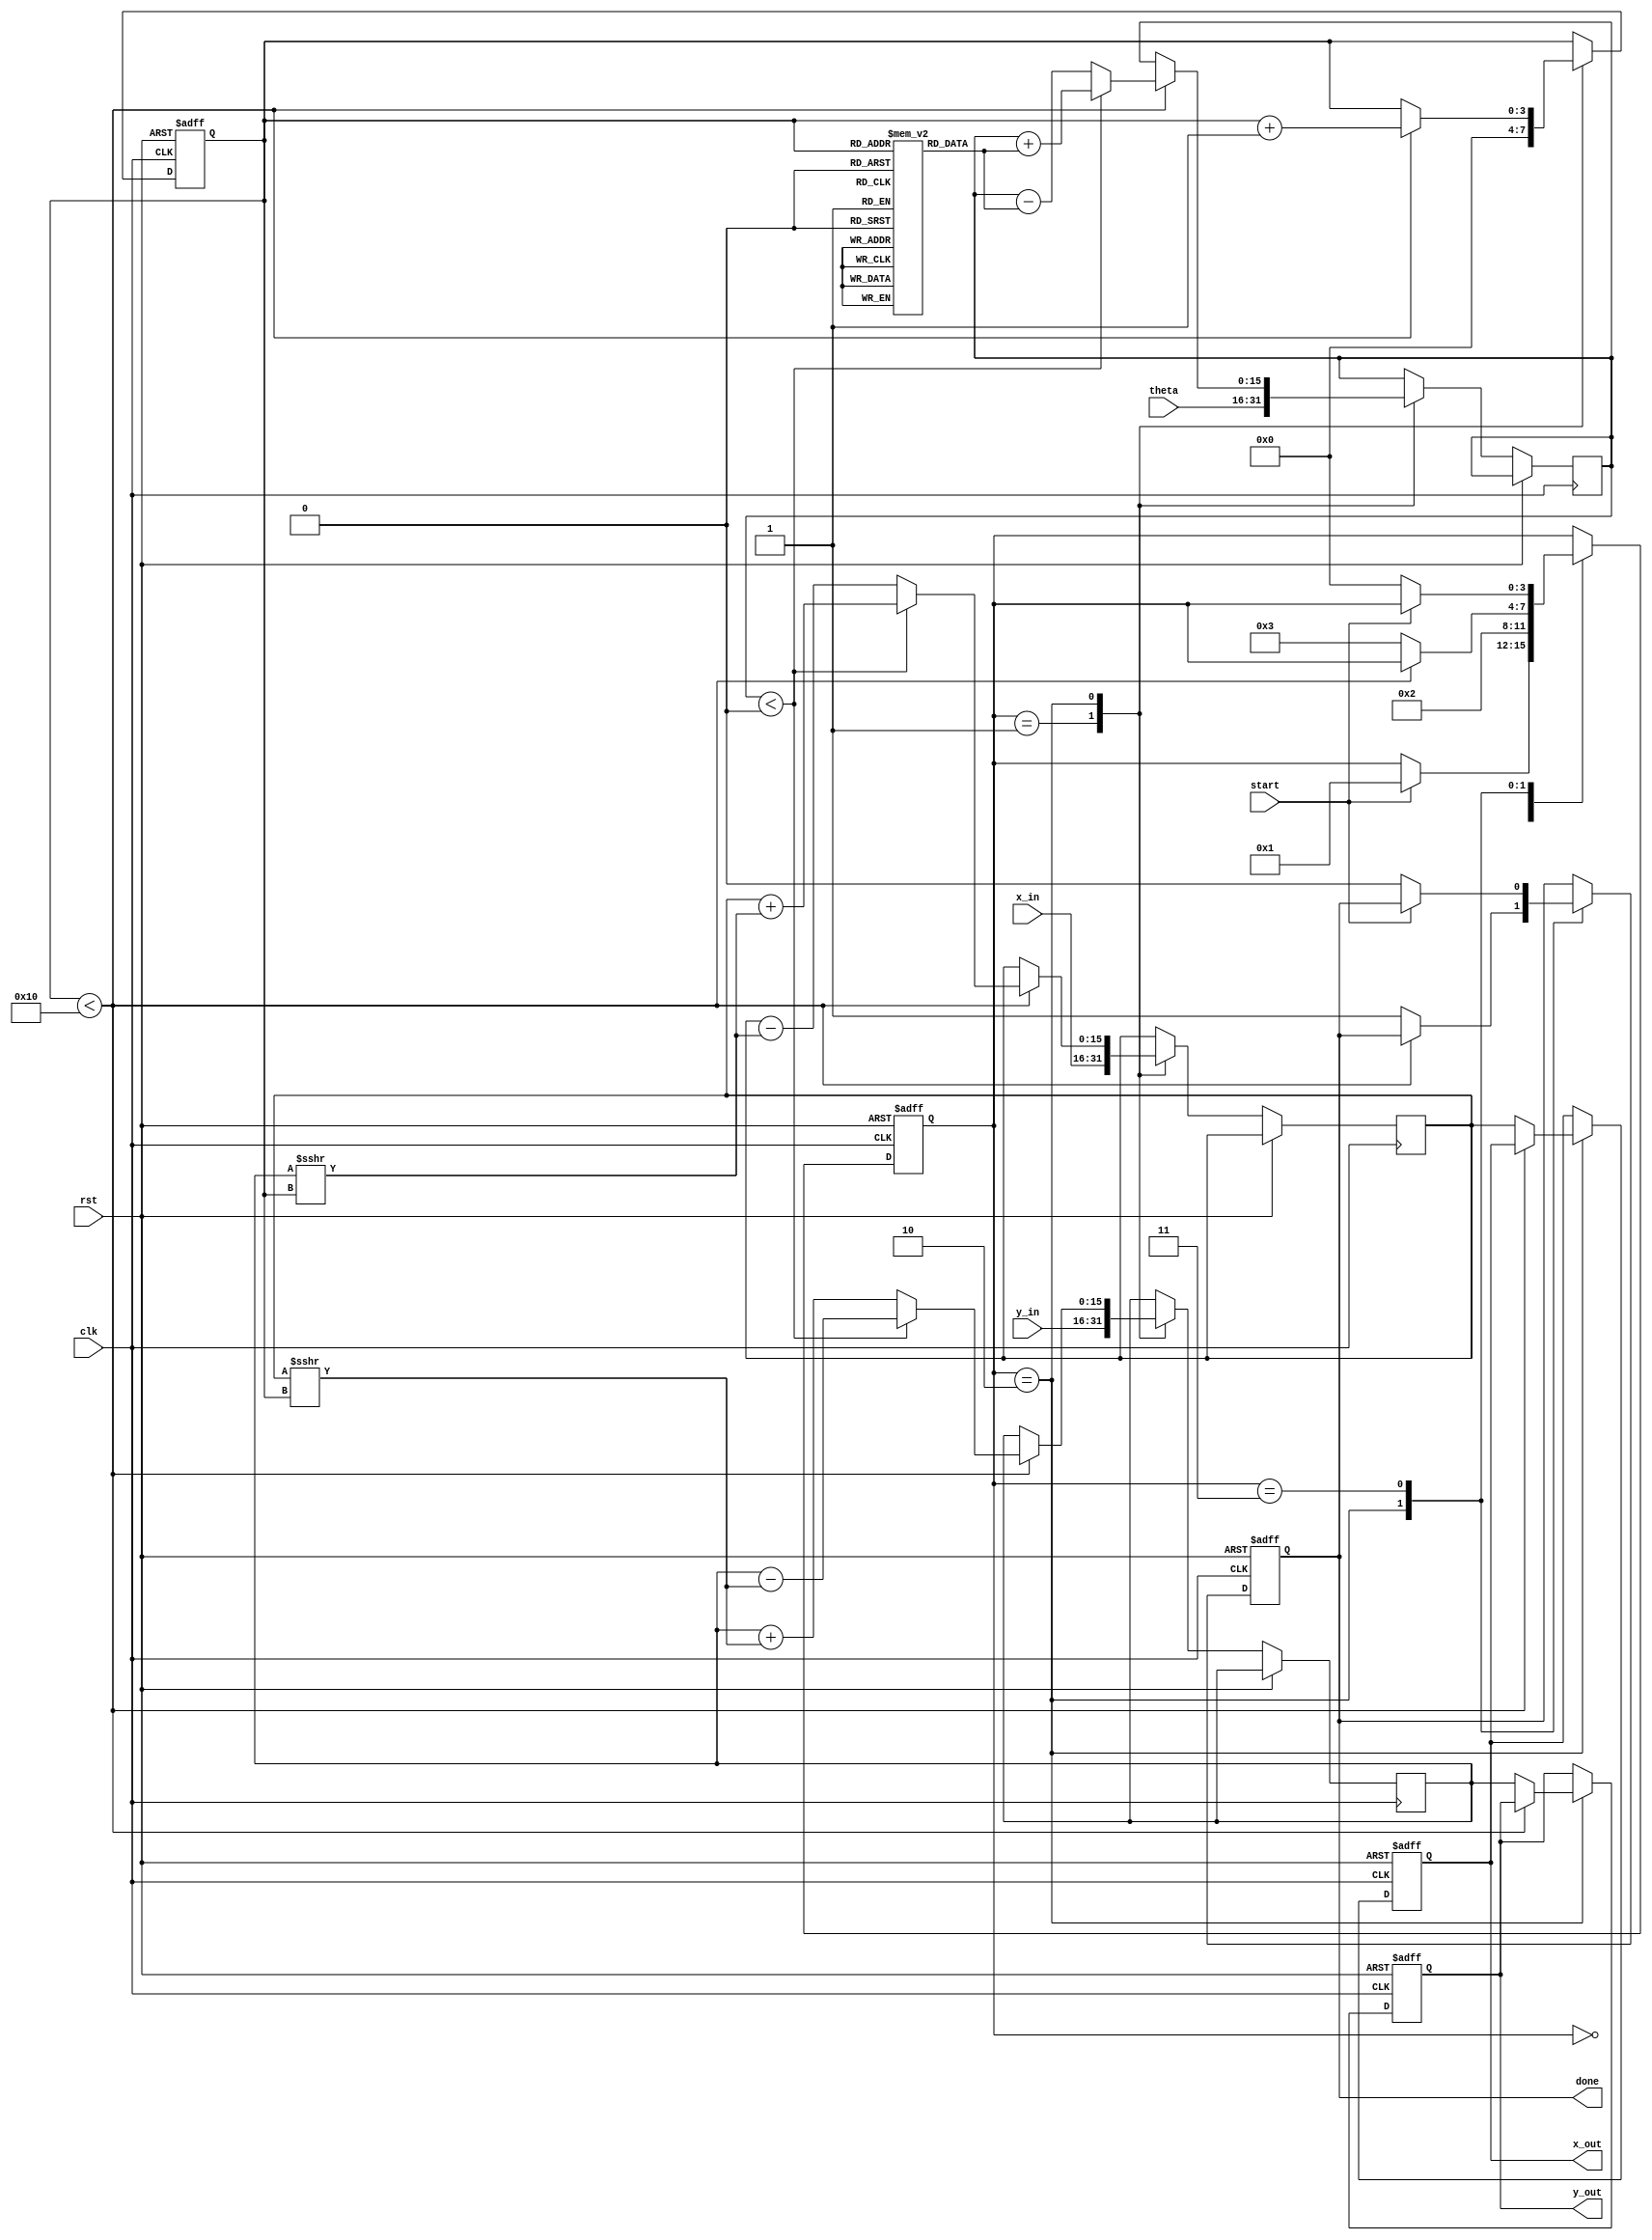
module cordic_2d (
    input wire clk,
    input wire rst,
    input wire start,
    input wire signed [15:0] x_in,   // Input x-coordinate
    input wire signed [15:0] y_in,   // Input y-coordinate
    input wire signed [15:0] theta,   // Rotation angle
    output reg signed [15:0] x_out,   // Output x-coordinate
    output reg signed [15:0] y_out,   // Output y-coordinate
    output reg done                   // Operation done signal
);

    parameter N = 16; // Number of iterations
    reg [3:0] state; // FSM state
    reg [3:0] iteration; // Iteration counter
    reg signed [15:0] x_reg, y_reg, theta_reg;
    reg signed [15:0] angle_table [0:N-1]; // Lookup table for arctangent values

    // Initialize arctangent values for CORDIC
    initial begin
        angle_table[0] = 16'h0000; // atan(2^0)
        angle_table[1] = 16'h0001; // atan(2^-1)
        angle_table[2] = 16'h0002; // atan(2^-2)
        angle_table[3] = 16'h0004; // atan(2^-3)
        // Fill in additional values as needed...
    end

    // FSM states
    localparam IDLE = 0,
               INIT = 1,
               PROCESS = 2,
               DONE = 3;

    // FSM to control the state of the CORDIC operation
    always @(posedge clk or posedge rst) begin
        if (rst) begin
            state <= IDLE;
            done <= 0;
            iteration <= 0;
            x_out <= 0;
            y_out <= 0;
        end else begin
            case (state)
                IDLE: begin
                    if (start) begin
                        state <= INIT;
                    end
                end
                INIT: begin
                    // Initialize registers
                    x_reg <= x_in;
                    y_reg <= y_in;
                    theta_reg <= theta;
                    iteration <= 0;
                    state <= PROCESS;
                end
                PROCESS: begin
                    if (iteration < N) begin
                        // CORDIC rotation algorithm
                        if (theta_reg < 0) begin
                            // Rotate clockwise
                            x_reg <= x_reg + (y_reg >>> iteration);
                            y_reg <= y_reg - (x_reg >>> iteration);
                            theta_reg <= theta_reg + angle_table[iteration];
                        end else begin
                            // Rotate counter-clockwise
                            x_reg <= x_reg - (y_reg >>> iteration);
                            y_reg <= y_reg + (x_reg >>> iteration);
                            theta_reg <= theta_reg - angle_table[iteration];
                        end
                        iteration <= iteration + 1;
                    end else begin
                        // Operation complete
                        x_out <= x_reg;
                        y_out <= y_reg;
                        done <= 1;
                        state <= DONE;
                    end
                end
                DONE: begin
                    if (!start) begin
                        state <= IDLE; // Reset to IDLE state
                        done <= 0; // Reset done signal
                    end
                end
            endcase
        end
    end
endmodule